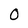
Character: 0